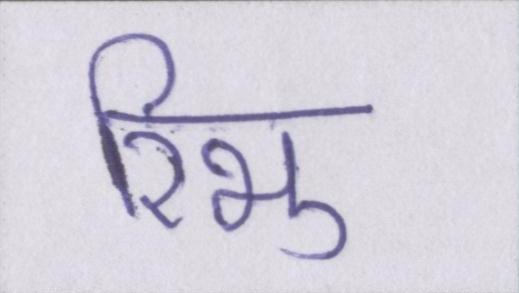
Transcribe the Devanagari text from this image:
रिभु